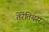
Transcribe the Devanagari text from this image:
तेरेंतियस